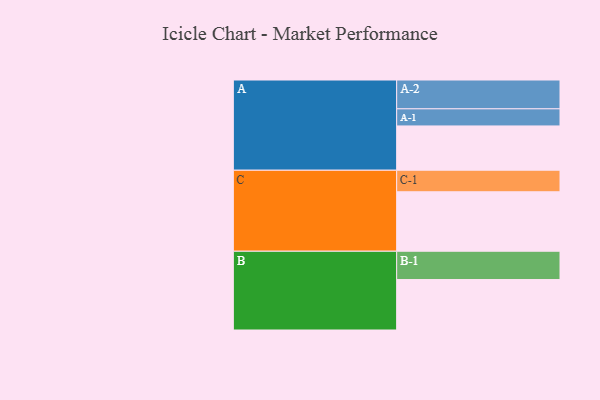
{"axis": {"x": "Segment", "y": "Value"}, "legend": ["", "A", "B", "C"], "data": [{"x": "A", "y": 432, "type": ""}, {"x": "B", "y": 492, "type": ""}, {"x": "C", "y": 580, "type": ""}, {"x": "A-1", "y": 167, "type": "A"}, {"x": "A-2", "y": 281, "type": "A"}, {"x": "B-1", "y": 276, "type": "B"}, {"x": "C-1", "y": 210, "type": "C"}]}